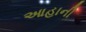
આહાની